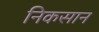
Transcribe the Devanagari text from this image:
निकसान